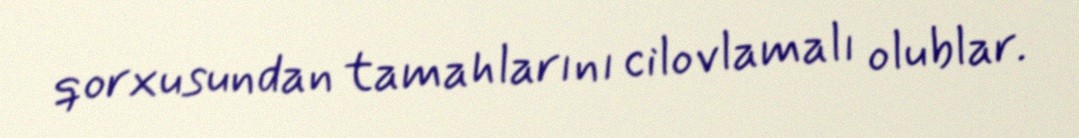
qorxusundan tamahlarını cilovlamalı olublar.